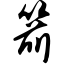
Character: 箭